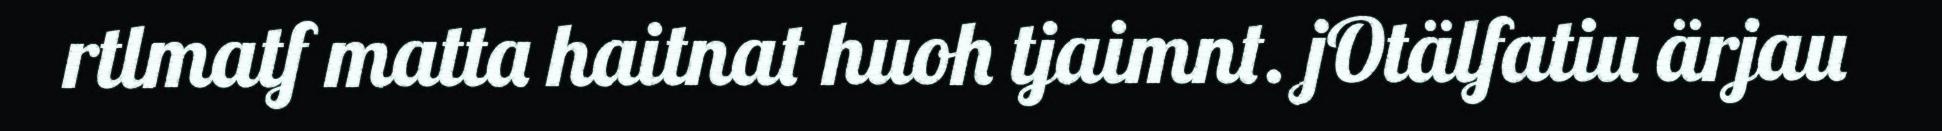
rtlmatf matta haitnat huoh tjaimnt. jOtälfatiu ärjau